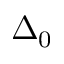
\Delta _ { 0 }